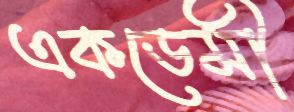
একডেমী